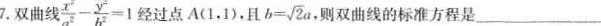
7. 双曲线 $$\frac {x ^ { 2 } } { a ^ { 2 } } - \frac { y ^ { 2 } } { b ^ { 2 } } = 1$$ 经过点 A（ 1.1 ），且 b= \sqrt { 2 a }，则双曲线的标准方程是___